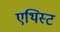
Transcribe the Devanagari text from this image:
एथिस्ट